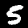
Label: 5